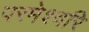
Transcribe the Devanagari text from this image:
परमेश्वरि